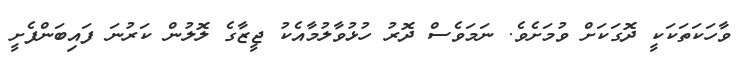
ވާހަކަތަކަކީ ދޮގަކަށް ވުމަށެވެ. ނަމަވެސް ދޮރު ހުޅުވާލުމާއެކު ޖީޒާގެ ލޮލުން ކަރުނަ ފައިބަންފެށީ